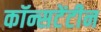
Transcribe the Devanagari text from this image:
कॉन्सटेंटीन